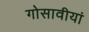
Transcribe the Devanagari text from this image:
गोसावीयां